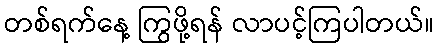
တစ်ရက်နေ့ ကြွဖို့ရန် လာပင့်ကြပါတယ်။